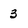
Character: 3